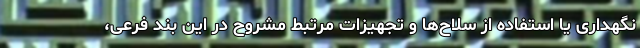
نگهداری یا استفاده از سلاح‌ها و تجهیزات مرتبط مشروح در این بند فرعی،